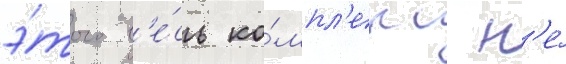
э́того в'е́сь ко́мпл'екс н'е́